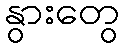
နွားတွေ